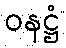
ဝနဋ္ဌံ